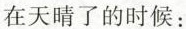
在天晴了的时候：